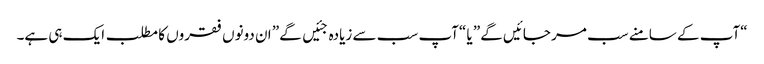
“آپ کے سامنے سب مر جائیں گے” یا “آپ سب سے زیادہ جئیں گے” ان دونوں فقروں کا مطلب ایک ہی ہے۔